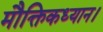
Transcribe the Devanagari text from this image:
मौक्तिकध्यान।